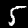
Digit: 5